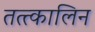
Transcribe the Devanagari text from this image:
तत्त्कालिन